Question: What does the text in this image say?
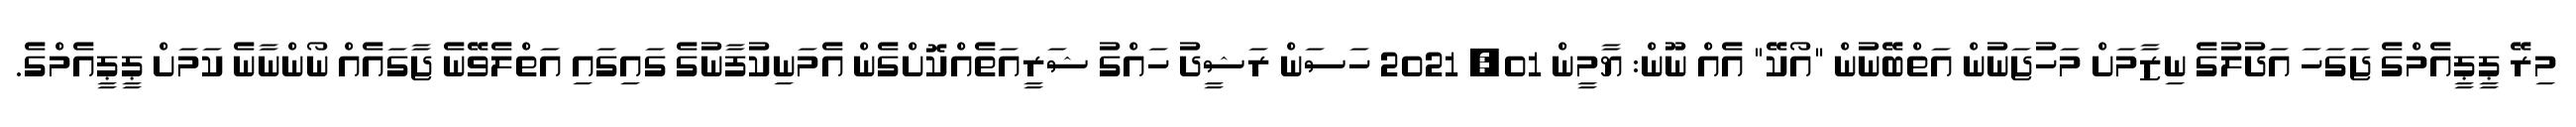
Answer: މިރޭ ޕީޕީއެމްގެ ޖަގަހަ އަދުލުގެ ނިޒާމަށް މަހުޖަނުން އަތްބޭނުން "އޯކޭ" އެއް ނޫން: ޔާމީން 01, 2021 ހަސަން ރަޝީދު ހައްގު ޝަރީއަތެއްކޮށްގެން އެމަނިކުފާނުގެ ގައިގައި އަތްލެވޭނެ ޖާގައެއް ނޯންނާނެ ކަމަށް ޕީޕީއެމްގެ.